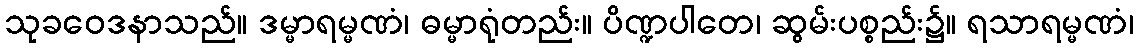
သုခဝေဒနာသည်။ ဒမ္မာရမ္မဏံ၊ ဓမ္မာရုံတည်း။ ပိဏ္ဍပါတေ၊ ဆွမ်းပစ္စည်း၌။ ရသာရမ္မဏံ၊